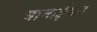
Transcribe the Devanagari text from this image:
घानाईयन